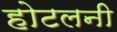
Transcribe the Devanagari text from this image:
होटलनी